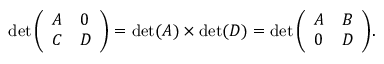
\operatorname* { d e t } { \left( \begin{array} { l l } { A } & { 0 } \\ { C } & { D } \end{array} \right) } = \operatorname* { d e t } ( A ) \times \operatorname* { d e t } ( D ) = \operatorname* { d e t } { \left( \begin{array} { l l } { A } & { B } \\ { 0 } & { D } \end{array} \right) } .